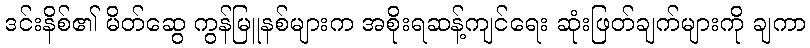
ဒင်းနိစ်၏ မိတ်ဆွေ ကွန်မြူနစ်များက အစိုးရဆန့်ကျင်ရေး ဆုံးဖြတ်ချက်များကို ချကာ